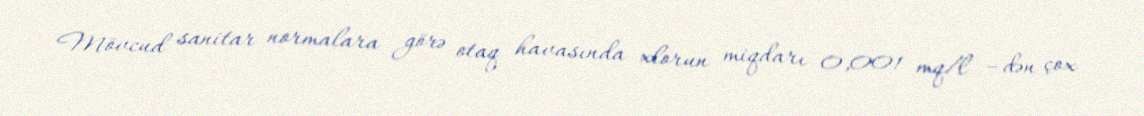
Mövcud sanitar normalara görə otaq havasında xlorun miqdarı 0,001 mq/l –dən çox